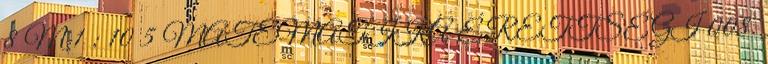
8 M 1 ; 10 5 MATEMATIKA ÉRETTSÉGI 008.